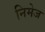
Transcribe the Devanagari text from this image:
निमेज